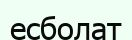
есболат